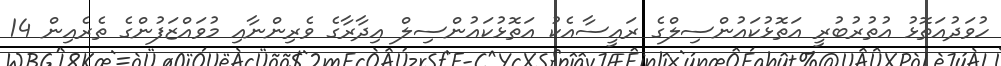
ހުވަދުއަތޮޅު އުތުރުބުރީ އަތޮޅުކައުންސިލްގެ ރައީސާއެކު އަތޮޅުކައުންސިލް އިދާރާގެ ވެރިންނާއި މުވައްޒަފުންގެ ތެރެއިން 14